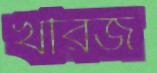
খরিজ